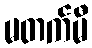
မတက်မီ